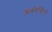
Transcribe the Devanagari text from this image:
अबरेसिव